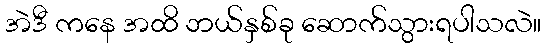
အဲဒီ ကနေ အထိ ဘယ်နှစ်ခု ဆောက်သွားရပါသလဲ။